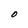
Character: O